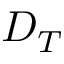
D _ { T }